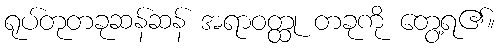
ရုပ်တုတခုဆန်ဆန် အရာဝတ္ထု တခုကို တွေ့ရ၏။